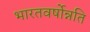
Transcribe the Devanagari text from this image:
भारतवर्षोन्नति